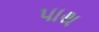
પાથ